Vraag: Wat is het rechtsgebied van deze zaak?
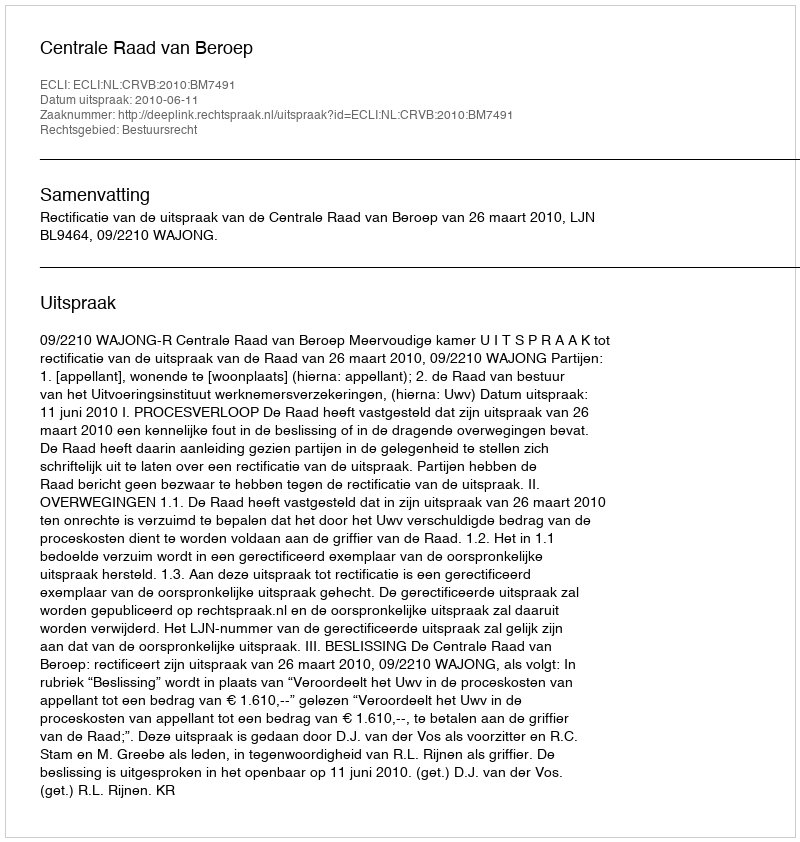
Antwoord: Bestuursrecht